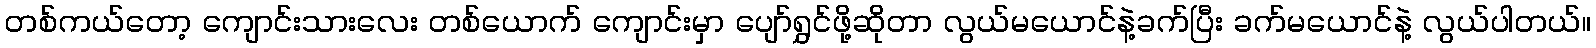
တစ်ကယ်တော့ ကျောင်းသားလေး တစ်ယောက် ကျောင်းမှာ ပျော်ရွှင်ဖို့ဆိုတာ လွယ်မယောင်နဲ့ခက်ပြီး ခက်မယောင်နဲ့ လွယ်ပါတယ်။